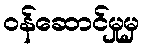
ဝန်ဆောင်မှုမှ